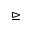
\trianglerighteq